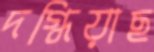
দগ্ধিয়াছ